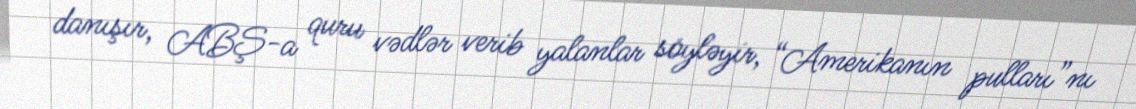
danışır, ABŞ-a quru vədlər verib yalanlar söyləyir, “Amerikanın pulları”nı